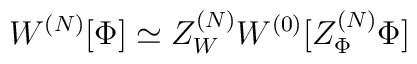
W^{(N)}[\Phi ] \simeq Z_W^{(N)}  W^{(0)}[Z_\Phi ^{(N)}\Phi ]